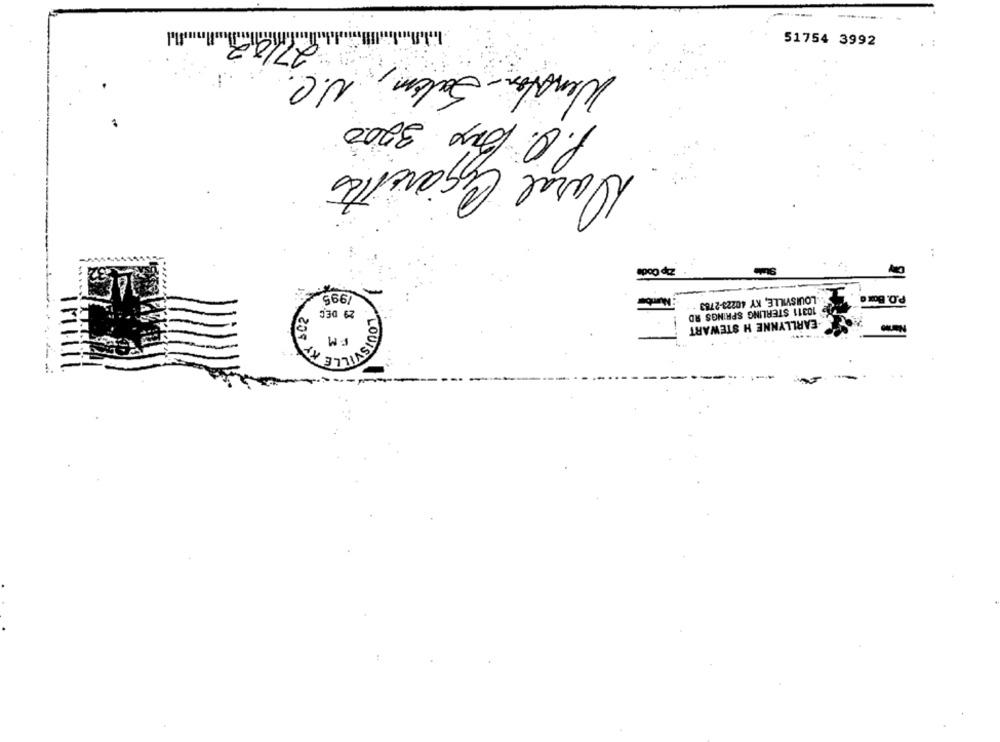
27/02
51754 3992
Salem, N.C.
P.O. Dix 3200
Daral Cigarettes
..
Zip Code
1995
P.O. Box a
LOUISVILLE, KY 40223-2763
29 DEC
10311 STERLING SPRINGS RD
-EARLLYNNE H STEWART
3
LOUISVIL